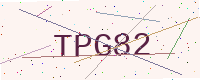
Text: TPG82